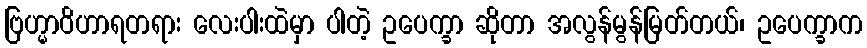
ဗြဟ္မာဝိဟာရတရား လေးပါးထဲမှာ ပါတဲ့ ဥပေက္ခာ ဆိုတာ အလွန်မွန်မြတ်တယ်၊ ဥပေက္ခာက